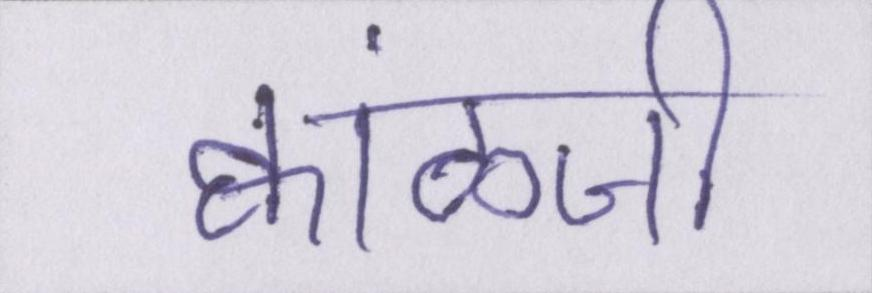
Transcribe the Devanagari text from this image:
क्वाँळजी